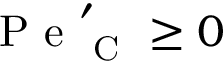
\mathrm { ~ P ~ e ~ } _ { \mathrm { ~ C ~ } } ^ { \prime } \geq 0